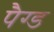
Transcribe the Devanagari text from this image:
पैग्ड